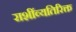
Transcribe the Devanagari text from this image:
राशींव्यतिरिक्त